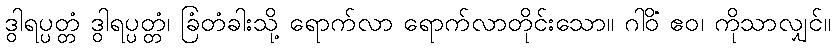
ဒွါရပ္ပတ္တံ ဒွါရပ္ပတ္တံ၊ ခြံတံခါးသို့ ရောက်လာ ရောက်လာတိုင်းသော။ ဂါဝိံ ဧဝ၊ ကိုသာလျှင်။